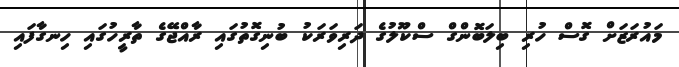
މައުރަޒަށް ގޮސް ހުރި ބިލަބޮންގް ސްކޫލުގެ ދަރިވަރަކު ބުނިގޮތުގައި ރާއްޖޭގެ ތާރީހުގައި ހިނގާފައި